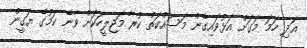
އަދި ހަމަ މަގަށް އަޅުވައިގެން މަސައްކަތް ކުރާ މަޖިލީހަކަށް ވާނެ ކަމުގެ ޔަގީން